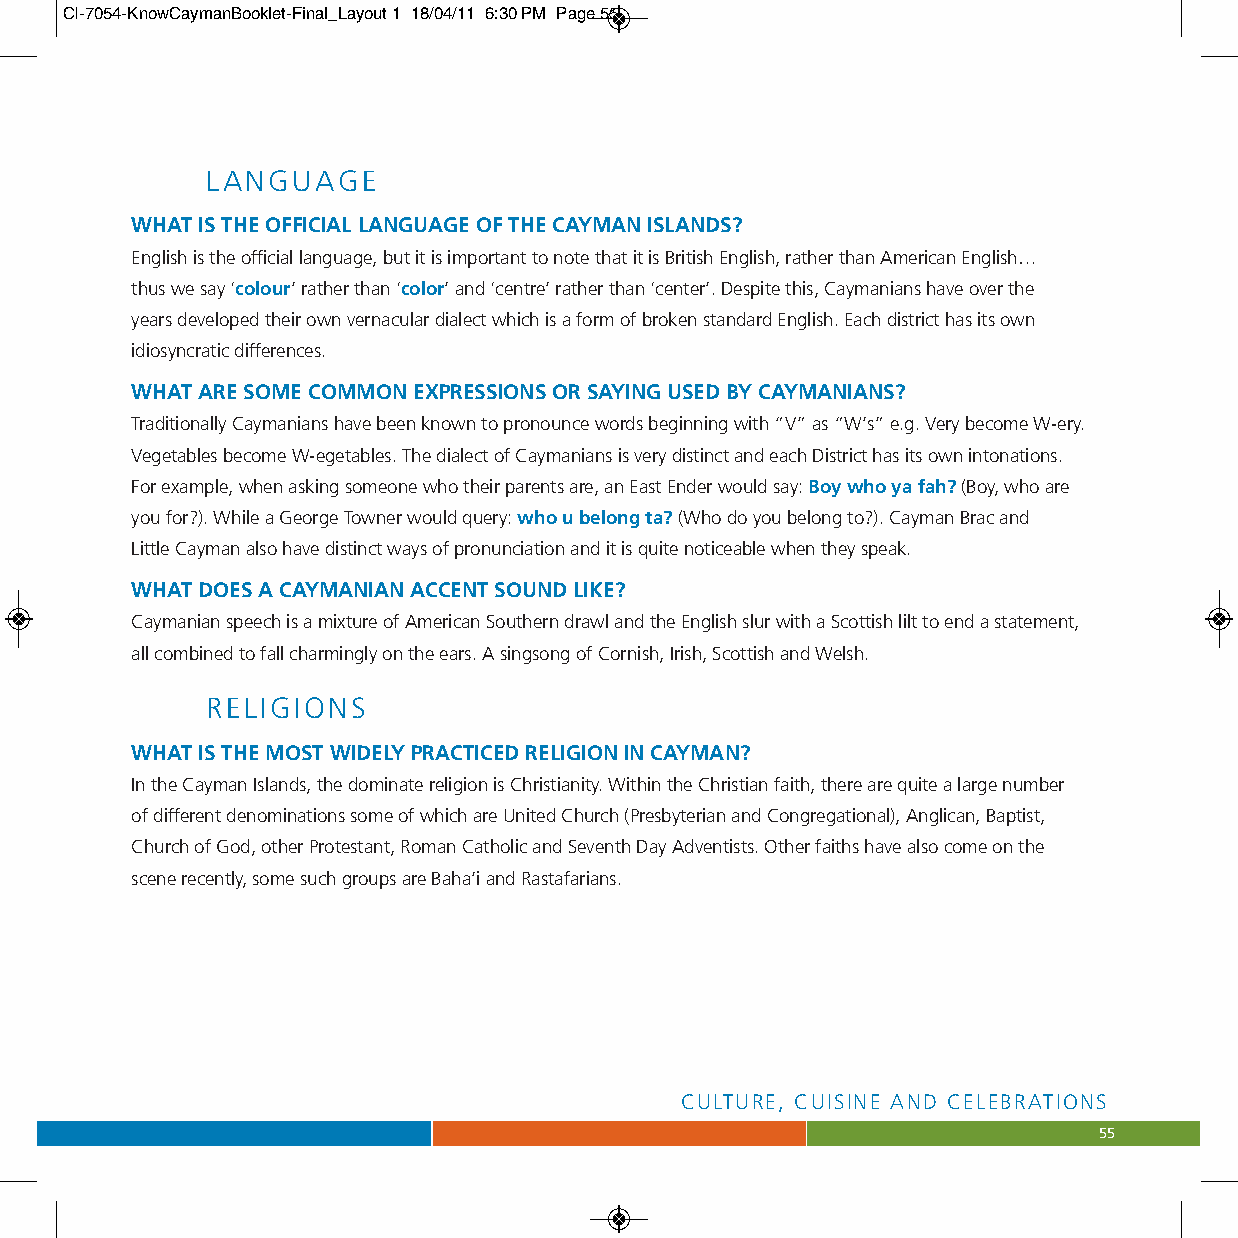
CI-7054-KnowCaymanBooklet-Final_Layout 1 18/04/11 6:30 PM Page 55
 LANGUAGE
 WHAT IS THE OFFICIAL LANGUAGE OF THE CAYMAN ISLANDS?
 English is the official language, but it is important to note that it is British English, rather than American English…
 thus we say ‘colour’ rather than ‘color’ and ‘centre’ rather than ‘center’. Despite this, Caymanians have over the
 years developed their own vernacular dialect which is a form of broken standard English. Each district has its own
 idiosyncratic differences.
 WHAT ARE SOME COMMON EXPRESSIONS OR SAYING USED BY CAYMANIANS?
 Traditionally Caymanians have been known to pronounce words beginning with “V” as “W’s” e.g. Very become W-ery.
 Vegetables become W-egetables. The dialect of Caymanians is very distinct and each District has its own intonations.
 For example, when asking someone who their parents are, an East Ender would say: Boy who ya fah?(Boy, who are
 you for?). While a George Towner would query: who u belong ta?(Who do you belong to?). Cayman Brac and
 Little Cayman also have distinct ways of pronunciation and it is quite noticeable when they speak.
 WHAT DOES A CAYMANIAN ACCENT SOUND LIKE?
 Caymanian speech is a mixture of American Southern drawl and the English slur with a Scottish lilt to end a statement,
 all combined to fall charmingly on the ears. A singsong of Cornish, Irish, Scottish and Welsh.
 RELIGIONS
 WHAT IS THE MOST WIDELY PRACTICED RELIGION IN CAYMAN?
 In the Cayman Islands, the dominate religion is Christianity. Within the Christian faith, there are quite a large number
 of different denominations some of which are United Church (Presbyterian and Congregational), Anglican, Baptist,
 Church of God, other Protestant, Roman Catholic and Seventh Day Adventists. Other faiths have also come on the
 scene recently, some such groups are Baha’i and Rastafarians.
 CULTURE, CUISINE AND CELEBRATIONS
 55